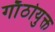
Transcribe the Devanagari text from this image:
गाँठोयुक्त